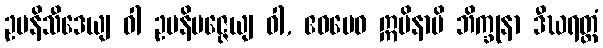
ဥပနိသီဒေယျ ဝါ ဥပနိပဇ္ဇေယျ ဝါ, ဧဝမေဝ ဣမိနာပိ ဘိက္ခုနာ ဒီဃရတ္တံ